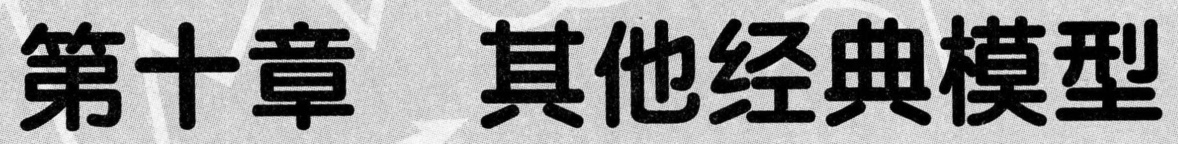
第十章  其他经典模型